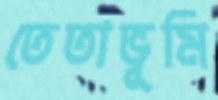
তেতাভূমি